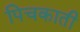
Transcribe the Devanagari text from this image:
पिचकाती